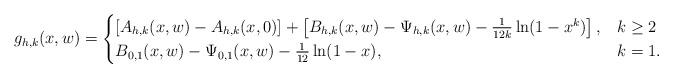
LaTeX: \begin{align*}g_{h,k}(x,w) = \begin{cases}\left[ A_{h,k}(x, w) - A_{h,k}(x,0) \right]+\left[ B_{h,k}( x,w ) - \Psi_{h,k}(x,w) - \frac{1}{12k} \ln (1-x^k) \right] , & k \geq 2\\B_{0,1}(x,w) - \Psi_{0,1}(x,w) - \frac{1}{12} \ln(1 -x), & k=1 .\end{cases}\end{align*}